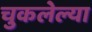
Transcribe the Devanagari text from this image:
चुकलेल्या